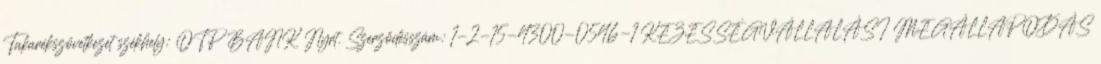
Takarékszövetkezet székhely: OTP BANK Nyrt. Szerződésszám: 1-2-15-4300-0546-1 KEZESSÉGVÁLLALÁSI MEGÁLLAPODÁS